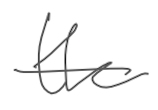
Text: the
Cross-out: single-line
Writing tool: digital_gray